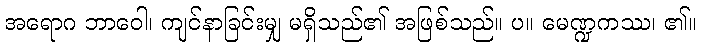
အရောဂ ဘာဝေါ၊ ကျင်နာခြင်းမျှ မရှိသည်၏ အဖြစ်သည်။ ပ။ မေဏ္ဍကဿ၊ ၏။